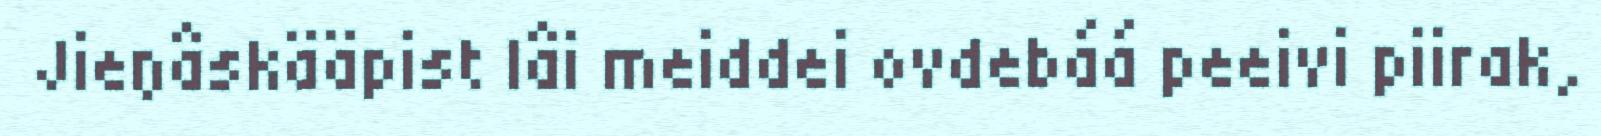
Jieŋâskääpist lâi meiddei ovdebáá peeivi piirak,